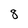
Character: 8